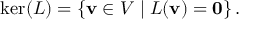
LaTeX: \ker ( L ) = \left\{ \mathbf { v } \in V \mid L ( \mathbf { v } ) = \mathbf { 0 } \right\} { \mathrm { . } }